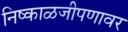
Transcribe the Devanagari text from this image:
निष्काळजीपणावर